Lunatic asylums Burma 1922-24 - 1922-1924
Year: 1922
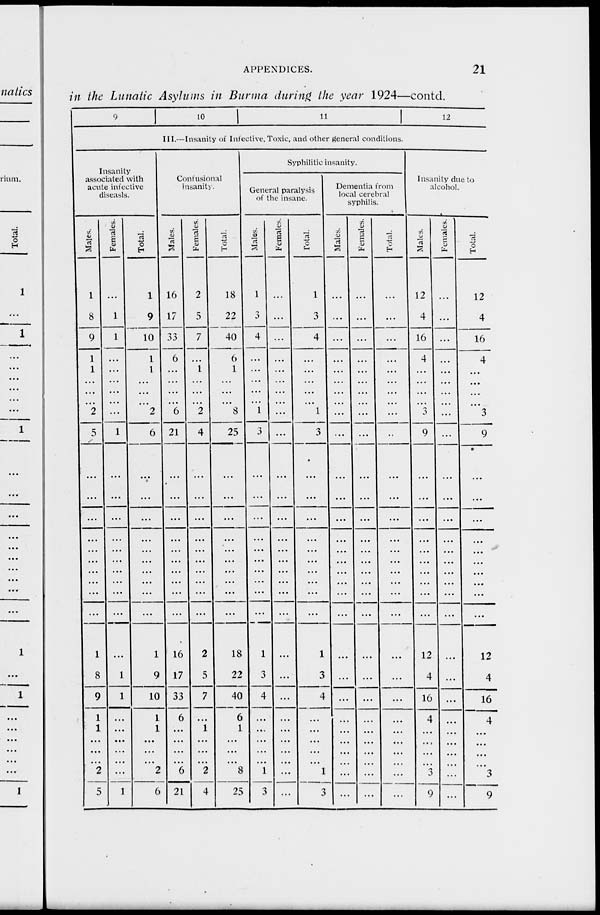
APPENDICES.
21
in the Lunatic Asylums in Burma during the year 1924—contd.
9
10
11
12
III.—Insanity of Infective, Toxic, and other general conditions.
Insanity
associated with
acute infective
diseasls.
Males.
1
8
9
1
1
...
...
...
2
5
...
...
...
...
...
...
...
...
...
...
1
8
9
1
1
...
...
...
2
5
Females.
...
1
1
...
...
...
...
...
...
1
...
...
...
...
...
...
...
...
...
...
...
1
1
...
...
...
...
...
...
1
Total.
1
9
10
1
1
...
...
...
2
6
...
...
...
...
...
...
...
...
...
...
1
9
10
1
1
...
...
...
2
6
Confusional
insanity.
Males.
16
17
33
6
...
...
...
...
6
21
...
...
...
...
...
...
...
...
...
...
16
17
33
6
...
...
...
...
6
21
Females.
2
5
7
...
1
...
...
...
2
4
...
...
...
...
...
...
...
...
...
2
5
7
...
1
...
...
...
2
4
Total.
18
22
40
6
1
...
...
...
8
25
...
...
...
...
...
...
...
...
...
...
18
22
40
6
1
...
...
...
8
25
Syphilitic insanity.
General paralysis
of the insane.
Males.
1
3
4
...
...
...
...
...
1
3
...
...
...
...
...
...
...
...
...
...
1
3
4
...
...
...
...
...
1
3
Females.
...
...
...
...
...
...
...
...
...
...
...
...
...
...
...
...
...
...
...
...
...
...
...
...
...
...
...
...
...
...
Total.
1
3
4
...
...
...
...
...
1
3
...
...
...
...
...
...
...
...
...
1
3
4
...
...
...
...
...
1
3
Dementia from
local cerebral
syphilis.
Males.
...
...
...
...
...
...
...
...
...
...
...
...
...
...
...
...
...
...
...
...
...
...
...
...
...
...
...
...
...
...
Females.
...
...
...
...
...
...
...
...
...
...
...
...
...
...
...
...
...
...
...
...
...
...
...
...
...
...
...
...
...
...
Total.
...
...
...
...
...
...
...
...
...
...
...
...
...
...
...
...
...
...
...
...
...
...
...
...
...
...
...
...
...
...
Insanity due to
alcohol.
Males.
12
4
16
4
...
...
...
...
3
9
...
...
...
...
...
...
...
...
...
...
12
4
16
4
...
...
...
...
3
9
Females.
...
...
...
...
...
...
...
...
...
...
...
...
...
...
...
...
...
...
...
...
...
...
...
...
...
...
...
...
...
...
Total.
12
4
16
4
...
...
...
...
3
9
...
...
...
...
...
...
...
...
...
...
12
4
16
4
...
...
...
...
3
9